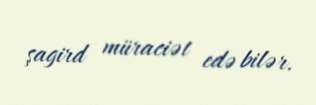
şagird müraciət edə bilər.